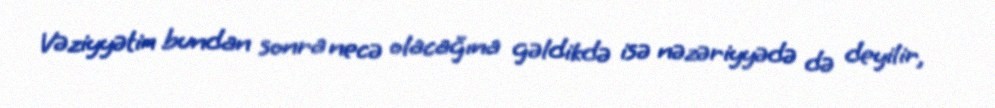
Vəziyyətin bundan sonra necə olacağına gəldikdə isə nəzəriyyədə də deyilir,